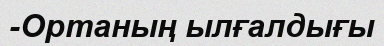
-Ортаның ылғалдығы